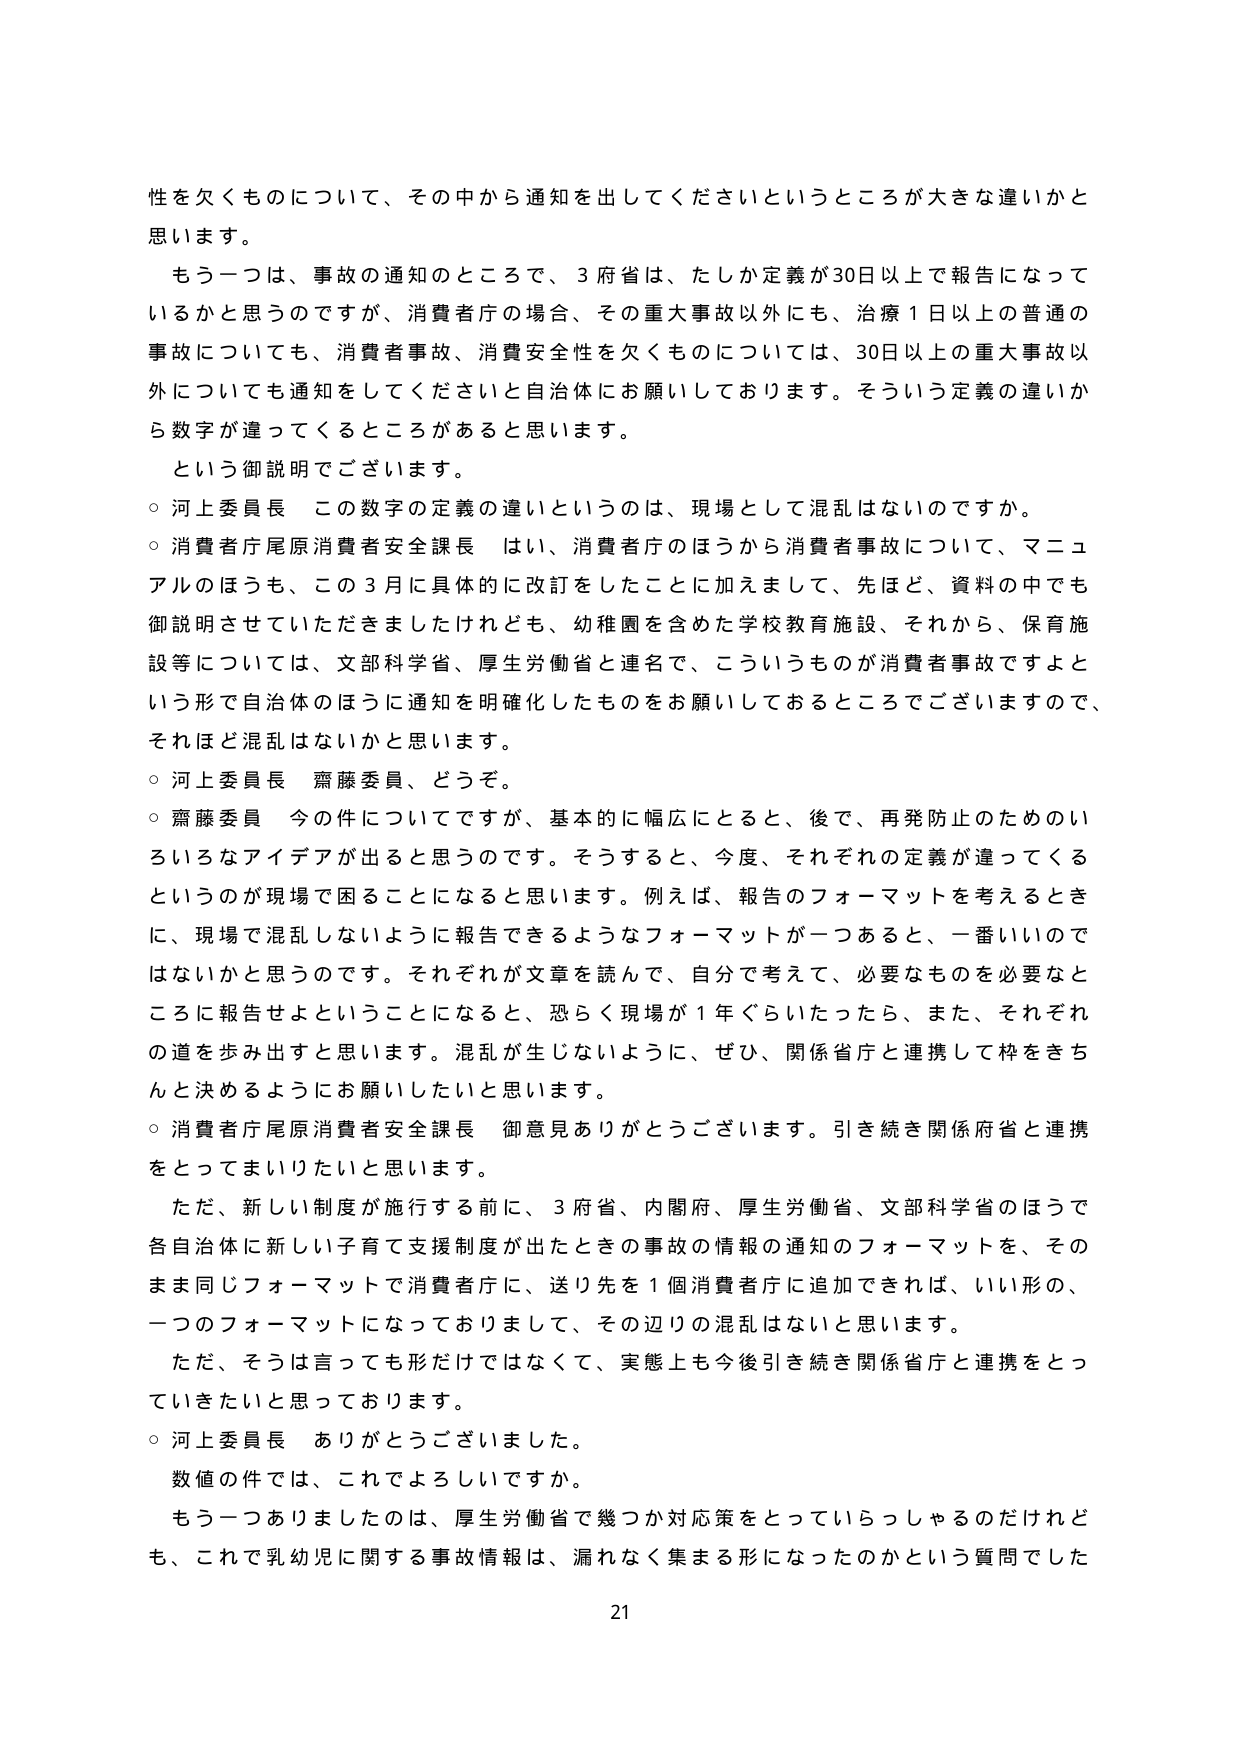
性を欠くものについて、その中から通知を出してくださ いというところが大きな違いかと思います。

もう一つは、事故の通知のところで、3府省は、たしか定義が30日以上で報告になっているかと思うのですが、消費者庁の場合、その重大事故以外にも、治療1日以上の普通の事故についても、消費者事故、消費安全性を欠くものについては、30日以上の重大事故以外についても通知をしてくださいと自治体にお願いしております。そういう定義の違いから数字が違ってくるところがあると思います。

という御説明でございます。

○ 河上委員長 この数字の定義の違いというのは、現場として混乱はないのですか。

○ 消費者庁尾原消費者安全課長 はい、消費者庁のほうから消費者事故について、マニュアルのほうも、この3月に具体的に改訂をしたことに加えまして、先ほど、資料の中でも御説明させていただきましたけれども、幼稚園を含めた学校教育施設、それから、保育施設等については、文部科学省、厚生労働省と連名で、こういうものが消費者事故ですよという形で自治体のほうに通知を明確化したものをお願いしておるところでございますので、それほど混乱はないかと思います。

○ 河上委員長 齋藤委員、どうぞ。

○ 齋藤委員 今の件についてですが、基本的に幅広にとると、後で、再発防止のためのいろいろなアイデアが出ると思うのです。そうすると、今度、それぞれの定義が違ってくるというのが現場で困ることになると思います。例えば、報告のフォーマットを考えるときに、現場で混乱しないように報告できるようなフォーマットが一つあると、一番いいのではないかと思うのです。それぞれが文章を読んで、自分で考えて、必要なものを必要なところに報告せよということになると、恐らく現場が1年ぐらいたったら、また、それぞれの道を歩み出すと思います。混乱が生じないように、ぜひ、関係省庁と連携して枠をきちんと決めるようにお願いしたいと思います。

○ 消費者庁尾原消費者安全課長 御意見ありがとうございます。引き続き関係府省と連携をとってまいりたいと思います。

ただ、新しい制度が施行する前に、3府省、内閣府、厚生労働省、文部科学省のほうで各自治体に新しい子育て支援制度が出たときの事故の情報の通知のフォーマットを、そのまま同じフォーマットで消費者庁に、送り先を1個消費者庁に追加できれば、いい形の、一つのフォーマットになっておりまして、その辺りの混乱はないと思います。

ただ、そうは言っても形だけではなくて、実態上も今後引き続き関係省庁と連携をとっていきたいと思っております。

○ 河上委員長 ありがとうございました。

数値の件では、これでよろしいですか。

もう一つありましたのは、厚生労働省で幾つか対応策をとっていらっしゃるのだけれども、これで乳幼児に関する事故情報は、漏れなく集まる形になったのかという質問でした

21